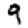
Digit: 9